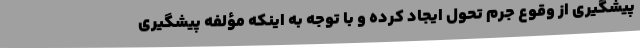
پیشگیری از وقوع جرم تحول ایجاد کرده و با توجه به اینکه مؤلفه پیشگیری